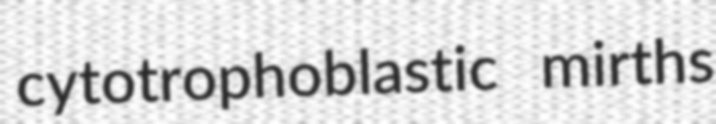
cytotrophoblastic mirths